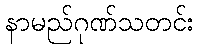
နာမည်ဂုဏ်သတင်း